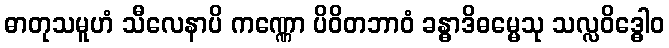
ဓာတုသမူဟံ သီလေနာပိ ကဏ္ဏော ပိဝိတဘာဝံ ခန္ဓာဒိဓမ္မေသု သလ္လဝိဒ္ဓေါဝ